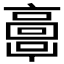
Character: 𩫖